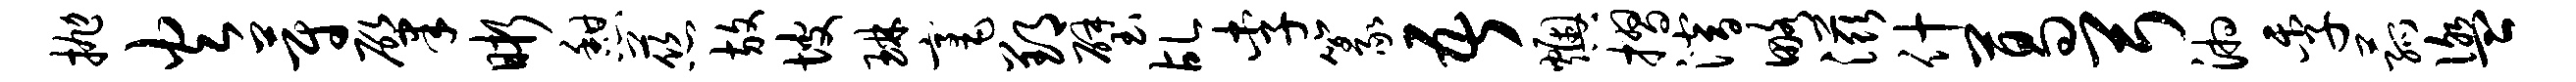
抛火蔚肇晰憩慈放坡琳毫郢璧乩李篆吾燠摺潜略滋什葛弓湘季菰盥